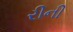
રીની